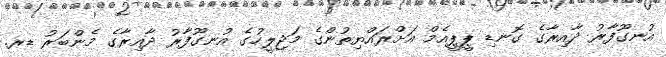
އުނގޫފާރު ދާއިރާގެ ގޮނޑި ޕީޕީއެމް އަށްރައްޔިތުންގެ މަޖިލީހުގެ އުނގޫފާރު ދާއިރާގެ މެންބަރު ޑރ.